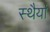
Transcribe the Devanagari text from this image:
स्थैर्या